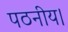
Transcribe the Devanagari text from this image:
पठनीय।